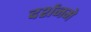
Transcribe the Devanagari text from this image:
दर्शनमे